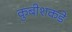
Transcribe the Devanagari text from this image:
कुबीशकडे